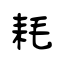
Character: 耗